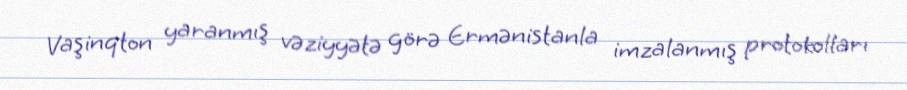
Vaşinqton yaranmış vəziyyətə görə Ermənistanla imzalanmış protokolları